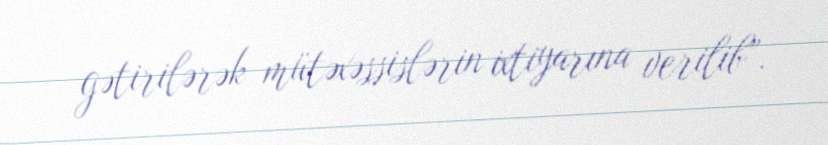
gətirilərək mütəxəssislərin ixtiyarına verilib”.